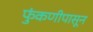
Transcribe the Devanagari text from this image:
फुंकणीपासून